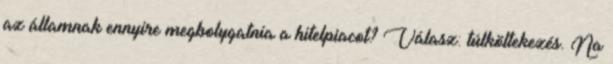
az államnak ennyire megbolygatnia a hitelpiacot? Válasz: túlköltekezés. Na